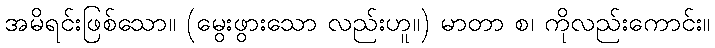
အမိရင်းဖြစ်သော။ (မွေးဖွားသော လည်းဟူ။) မာတာ စ၊ ကိုလည်းကောင်း။